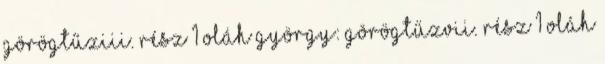
GörögtűzIII. rész 1 Oláh György: GörögtűzVII. rész 1 Oláh